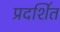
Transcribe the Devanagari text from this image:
प्रदशि॔त